Medical and sanitary report of the native army of Bengal for the year
Year: 1877
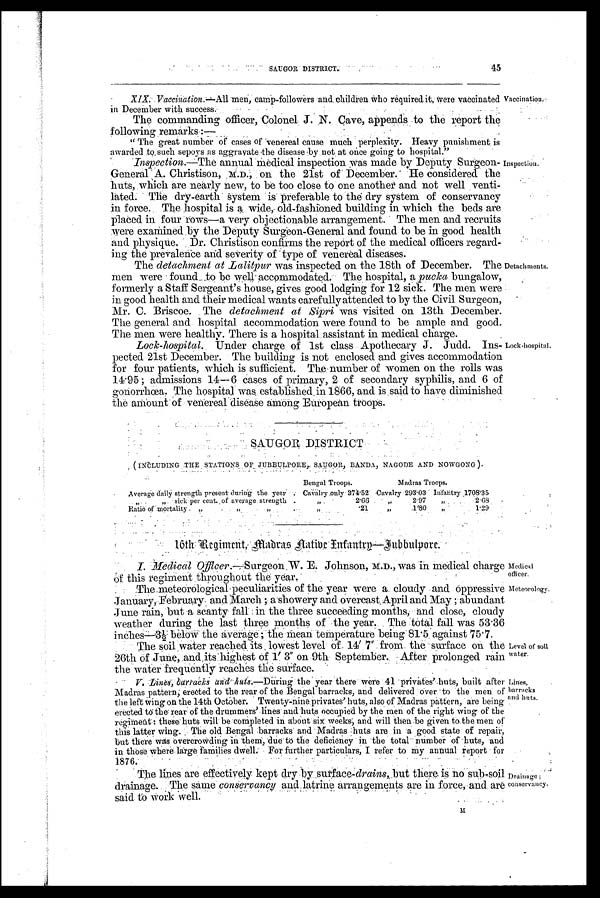
SAUGOR DISTRICT.
45
XIX. Vaccination.— All men, camp-followers and children who required it, were vaccinated
in December with success.
The commanding officer, Colonel J. N. Cave, appends to the report the
following remarks :—
" The great number of cases of venereal cause much perplexity. Heavy punishment is
awarded to such sepoys as aggravate the disease by not at once going to hospital."
Inspection.—The annual medical inspection was made by Deputy Surgeon-
General A. Christison, M.D., on the 21st of December. He considered the
huts, which are nearly new, to be too close to one another and not well venti-
lated. The dry-earth System is preferable to the dry system of conservancy
in force. The hospital is a wide, old-fashioned building in which the beds are
placed in four rows—a very objectionable arrangement. The men and recruits
were examined by the Deputy Surgeon-General and found to be in good health
and physique. Dr. Christison confirms the report of the medical officers regard-
ing the prevalence and severity of type of venereal diseases.
The detachment at Lalitpur was inspected on the 18th of December. The
men were found to be well accommodated. The hospital, a pucka bungalow,
formerly a Staff Sergeant's house, gives good lodging for 12 sick. The men were
in good health and their medical wants carefully attended to by the Civil Surgeon,
Mr. C. Briscoe. The detachment at Sipri was visited on 13th December.
The general and hospital accommodation were found to be ample and good.
The men were healthy. There is a hospital assistant in medical charge.
Lock-hospital. Under charge of 1st class Apothecary J. Judd. Ins-
pected 21st December. The building is not enclosed and gives accommodation
for four patients, which is sufficient. The number of women on the rolls was
14. 95; admissions 14—6 cases of primary, 2 of secondary syphilis, and 6 of
gonorrhœa. The hospital was established in 1866, and is said to have diminished
the amount of venereal disease among European troops.
SAUGOR DISTRICT
(INCLUDING THE STATIONS OF JUBBULPORE, SAUGOR, BANDA, NAGODE AND NOWGONG )
Bengal Troops.
Madras Troops.
Average daily strength present during the year
Cavalry only 374.52 Cavalry 293.03 Infantry 1708.35
„
„sick per cent. of average strength .
„
2.66
„
2.97
„
2.68
Ratio of mortality
„ „
„
. 21
„
.180
„
1.29
Vaccination.
Inspection.
Detachments.
Lock-hospital.
16th Regiment, Madras Native Infantry—Jubbulpore.
Medical Officer.—Surgeon W. E. Johnson, M.D., was in medical charge
of this regiment throughout the year.
The meteorological peculiarities of the year were a cloudy and oppressive
January, February and March; a showery and overcast April and May; abundant
June rain, but a scanty fall in the three succeeding months, and close, cloudy
weather during the last three months of the year. The total fall was 53.36
inches —3½ below the average; the mean temperature being 81.5 against 75.7.
The soil water reached its lowest level of 14' 7" from the surface on the
26th of June, and its highest of l' 3" on 9th September. After prolonged rain
the water frequently reaches the surface.
V .
L i n e s , b a r r a c k s a n d h u t s.
— D u r i n g t h e y e a r t h e r e w e r e 4 1 p r i v a t e s h u t s , b u i l t a f t e r
Madras pattern; erected to the rear of the Bengal barracks, and delivered over to the men of
the left wing on the 14th October. Twenty-nine privates' huts, also of Madras pattern, are being
erected to the rear of the drummers' lines and huts occupied by the men of the right wing of the
regiment: these huts will be completed in about six weeks; and will then be given to the men of
this latter wing. The old Bengal barracks and Madras huts are in a good state of repair,
but t here was overcrowdi ng i n t hem, due t o t he def i ci ency i n t he t ot al number of hut s, and
in those where large families dwell. For further particulars, I refer to my annual report for 1876.
The lines are effectively kept dry by surface-drains, but there no sub-soil
drainage. The same conservancy and latrine arrangements are in force, and are
said to Work well.
Medical
officer.
Meteorology.
Level of soil
water.
Lines,
barracks
and huts.
Drainage;
conservancy.
M